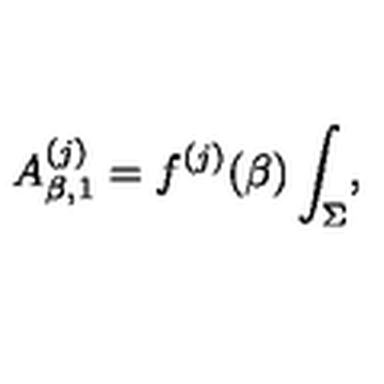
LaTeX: A _ { \beta , 1 } ^ { ( j ) } = f ^ { ( j ) } ( \beta ) \int _ { \Sigma } ,